Insane asylums in Bengal annual reports 1867-1875 - 1867-1875
Year: 1867
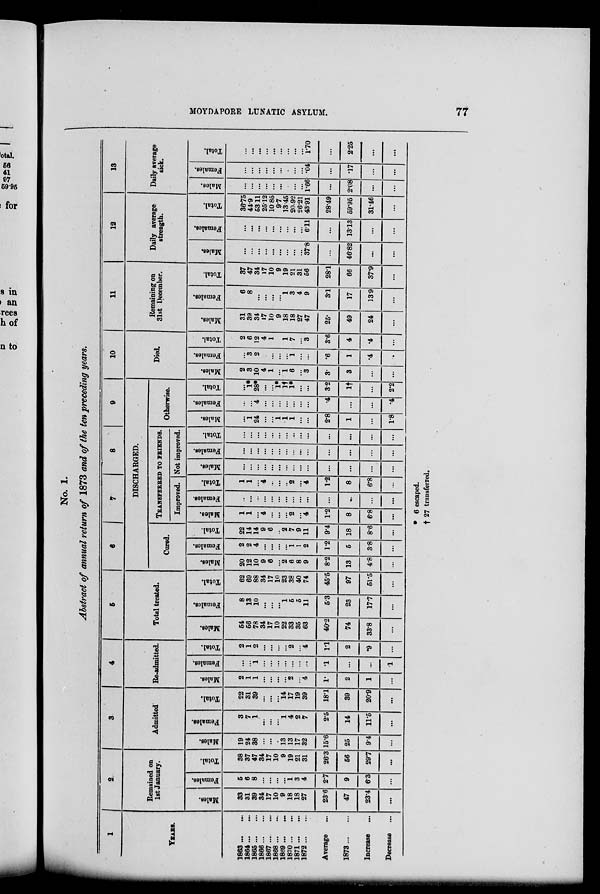
MOYDAPORE LUNATIC ASYLUM.
77
No. 1.
Abstract of annual return of 1873 and of the ten preceding years.
1
YEARS.
1863 ... ...
1864 ... ...
1865 ... ...
1866 ... ...
1867 ... ...
1868 ... ...
1869 ... ...
1870 ... ...
1871 ... ...
1872 ... ...
Average ...
1873 ... ...
Increase ...
Decrease ...
2
Remained on
1st January.
Males.
33
31
39
34
17
10
9
18
18
27
23.6
47
23.4
...
Females.
5
6
8
...
...
...
...
1
3
4
2.7
9
6.3
...
Total.
38
37
47
34
17
10
9
19
21
31
26.3
56
29.7
...
3
Admitted.
Males.
19
24
38
...
...
...
13
13
17
32
15.6
25
9.4
...
Females.
3
7
1
...
...
...
1
4
2
7
2.5
14
11.5
...
Total.
22
31
39
...
...
...
14
17
19
39
18.1
39
20.9
...
4
Re-admitted.
Males.
2
1
1
...
...
...
...
2
...
4
1.
2
1
...
Females.
...
...
1
...
...
...
...
...
...
...
.1
...
...
.1
Total.
2
1
2
...
...
...
...
2
...
4
1.1
2
.9
...
5
Total treated.
Males.
54
56
78
34
17
10
22
33
35
63
40.2
74
33.8
...
Females.
8
13
10
...
...
...
1
6
5
11
5.3
23
17.7
...
Total.
62
69
88
34
17
10
23
38
40
74
45.5
97
51.5
...
6
7
8
9
DISCHARGED.
Cured.
Males.
20
12
10
9
6
...
2
6
8
9
8.2
13
4.8
...
Females.
2
2
4
...
...
...
...
1
1
2
1.2
5
3.8
...
Total.
22
14
14
9
6
...
2
7
9
11
9.4
18
8.6
...
TRANSFERRED TO FRIENDS.
Improved.
Males.
1
1
...
4
...
...
...
2
...
4
1.2
8
6.8
...
Females.
...
...
...
...
...
...
...
...
...
...
...
...
...
...
Total.
1
1
...
4
...
...
...
2
...
4
1.2
8
6.8
...
Not improved.
Males.
...
...
...
...
...
...
...
...
...
...
...
...
...
...
Females.
...
...
...
...
...
...
...
...
...
...
...
...
...
...
Total.
...
...
...
...
...
...
...
...
...
...
...
...
...
...
Otherwise.
Males.
...
1
24
...
...
1
1
1
...
...
2.8
1
...
1.8
Females.
...
...
4
...
...
...
...
...
...
...
.4
...
...
.4
Total.
...
1*
28*
...
...
1*
1†
1*
...
...
3.2
1†
...
2.2
10
Died.
Males.
2
3
10
4
1
...
1
6
...
3
3.
3
...
...
Females.
...
3
2
...
...
...
...
1
...
...
.6
1
.4
...
Total.
2
6
12
4
1
...
1
7
...
3
3.6
4
.4
...
11
Remaining on
31st December.
Males.
31
39
34
17
10
9
18
18
27
47
25.
49
24
...
Females.
6
8
...
...
...
...
1
3
4
9
3.1
17
13.9
...
Total.
37
47
34
17
10
9
19
21
31
56
28.1
66
37.9
...
12
Daily average
strength.
Males.
...
...
...
...
...
...
...
...
...
37.8
...
46.82
...
...
Females.
...
...
...
...
...
...
...
...
...
6.11
...
13.13
...
...
Total.
36.75
44.9
53.11
25.12
10.85
9.7
13.45
20.92
26.21
43.91
28.49
59.95
31.46
...
13
Daily average
sick.
Males.
...
...
...
...
...
...
...
...
...
1.66
...
2.08
...
...
Females.
...
...
...
...
...
...
...
...
...
.04
...
.17
...
...
Total.
...
...
...
...
...
...
...
...
...
1.70
...
2.25
...
...
* 6 escaped.
† 27 transferred.